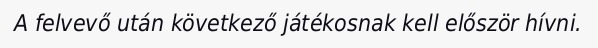
A felvevő után következő játékosnak kell először hívni.